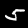
Label: 5